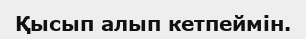
Қысып алып кетпеймін.